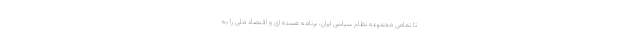
تا تمامی مجموعه نظام سیاسی ایران، برنامه هسته ای و اقتصاد ملی را به